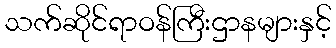
သက်ဆိုင်ရာဝန်ကြီးဌာနများနှင့်